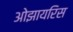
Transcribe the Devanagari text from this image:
ओझायरिस